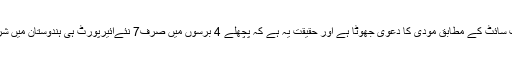
فیکٹ چیکر ویب سائٹ کے مطابق مودی کا دعویٰ جھوٹا ہے اور حقیقت یہ ہے کہ پچھلے 4 برسوں میں صرف7 نئےائیرپورٹ ہی ہندوستان میں شروع ہو پائےہیں۔